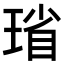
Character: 𪻻